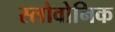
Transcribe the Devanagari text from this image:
स्लोवोनिक